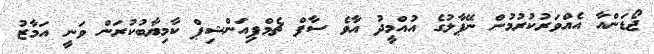
ޖޯޑަންއާ އެއްވަރުކުރުމުން ނޭޕާލުގެ އުއްމީދު އާވެ ސާފް ޗެމްޕިއަންޝިޕް ކާމިޔާބުކުރަން ވަނީ އަމާޒު